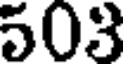
503